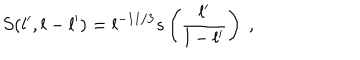
S ( l ^ { \prime } , l - l ^ { \prime } ) = l ^ { - 1 1 / 3 } s \left( \frac { l ^ { \prime } } { l - l ^ { \prime } } \right) \ ,